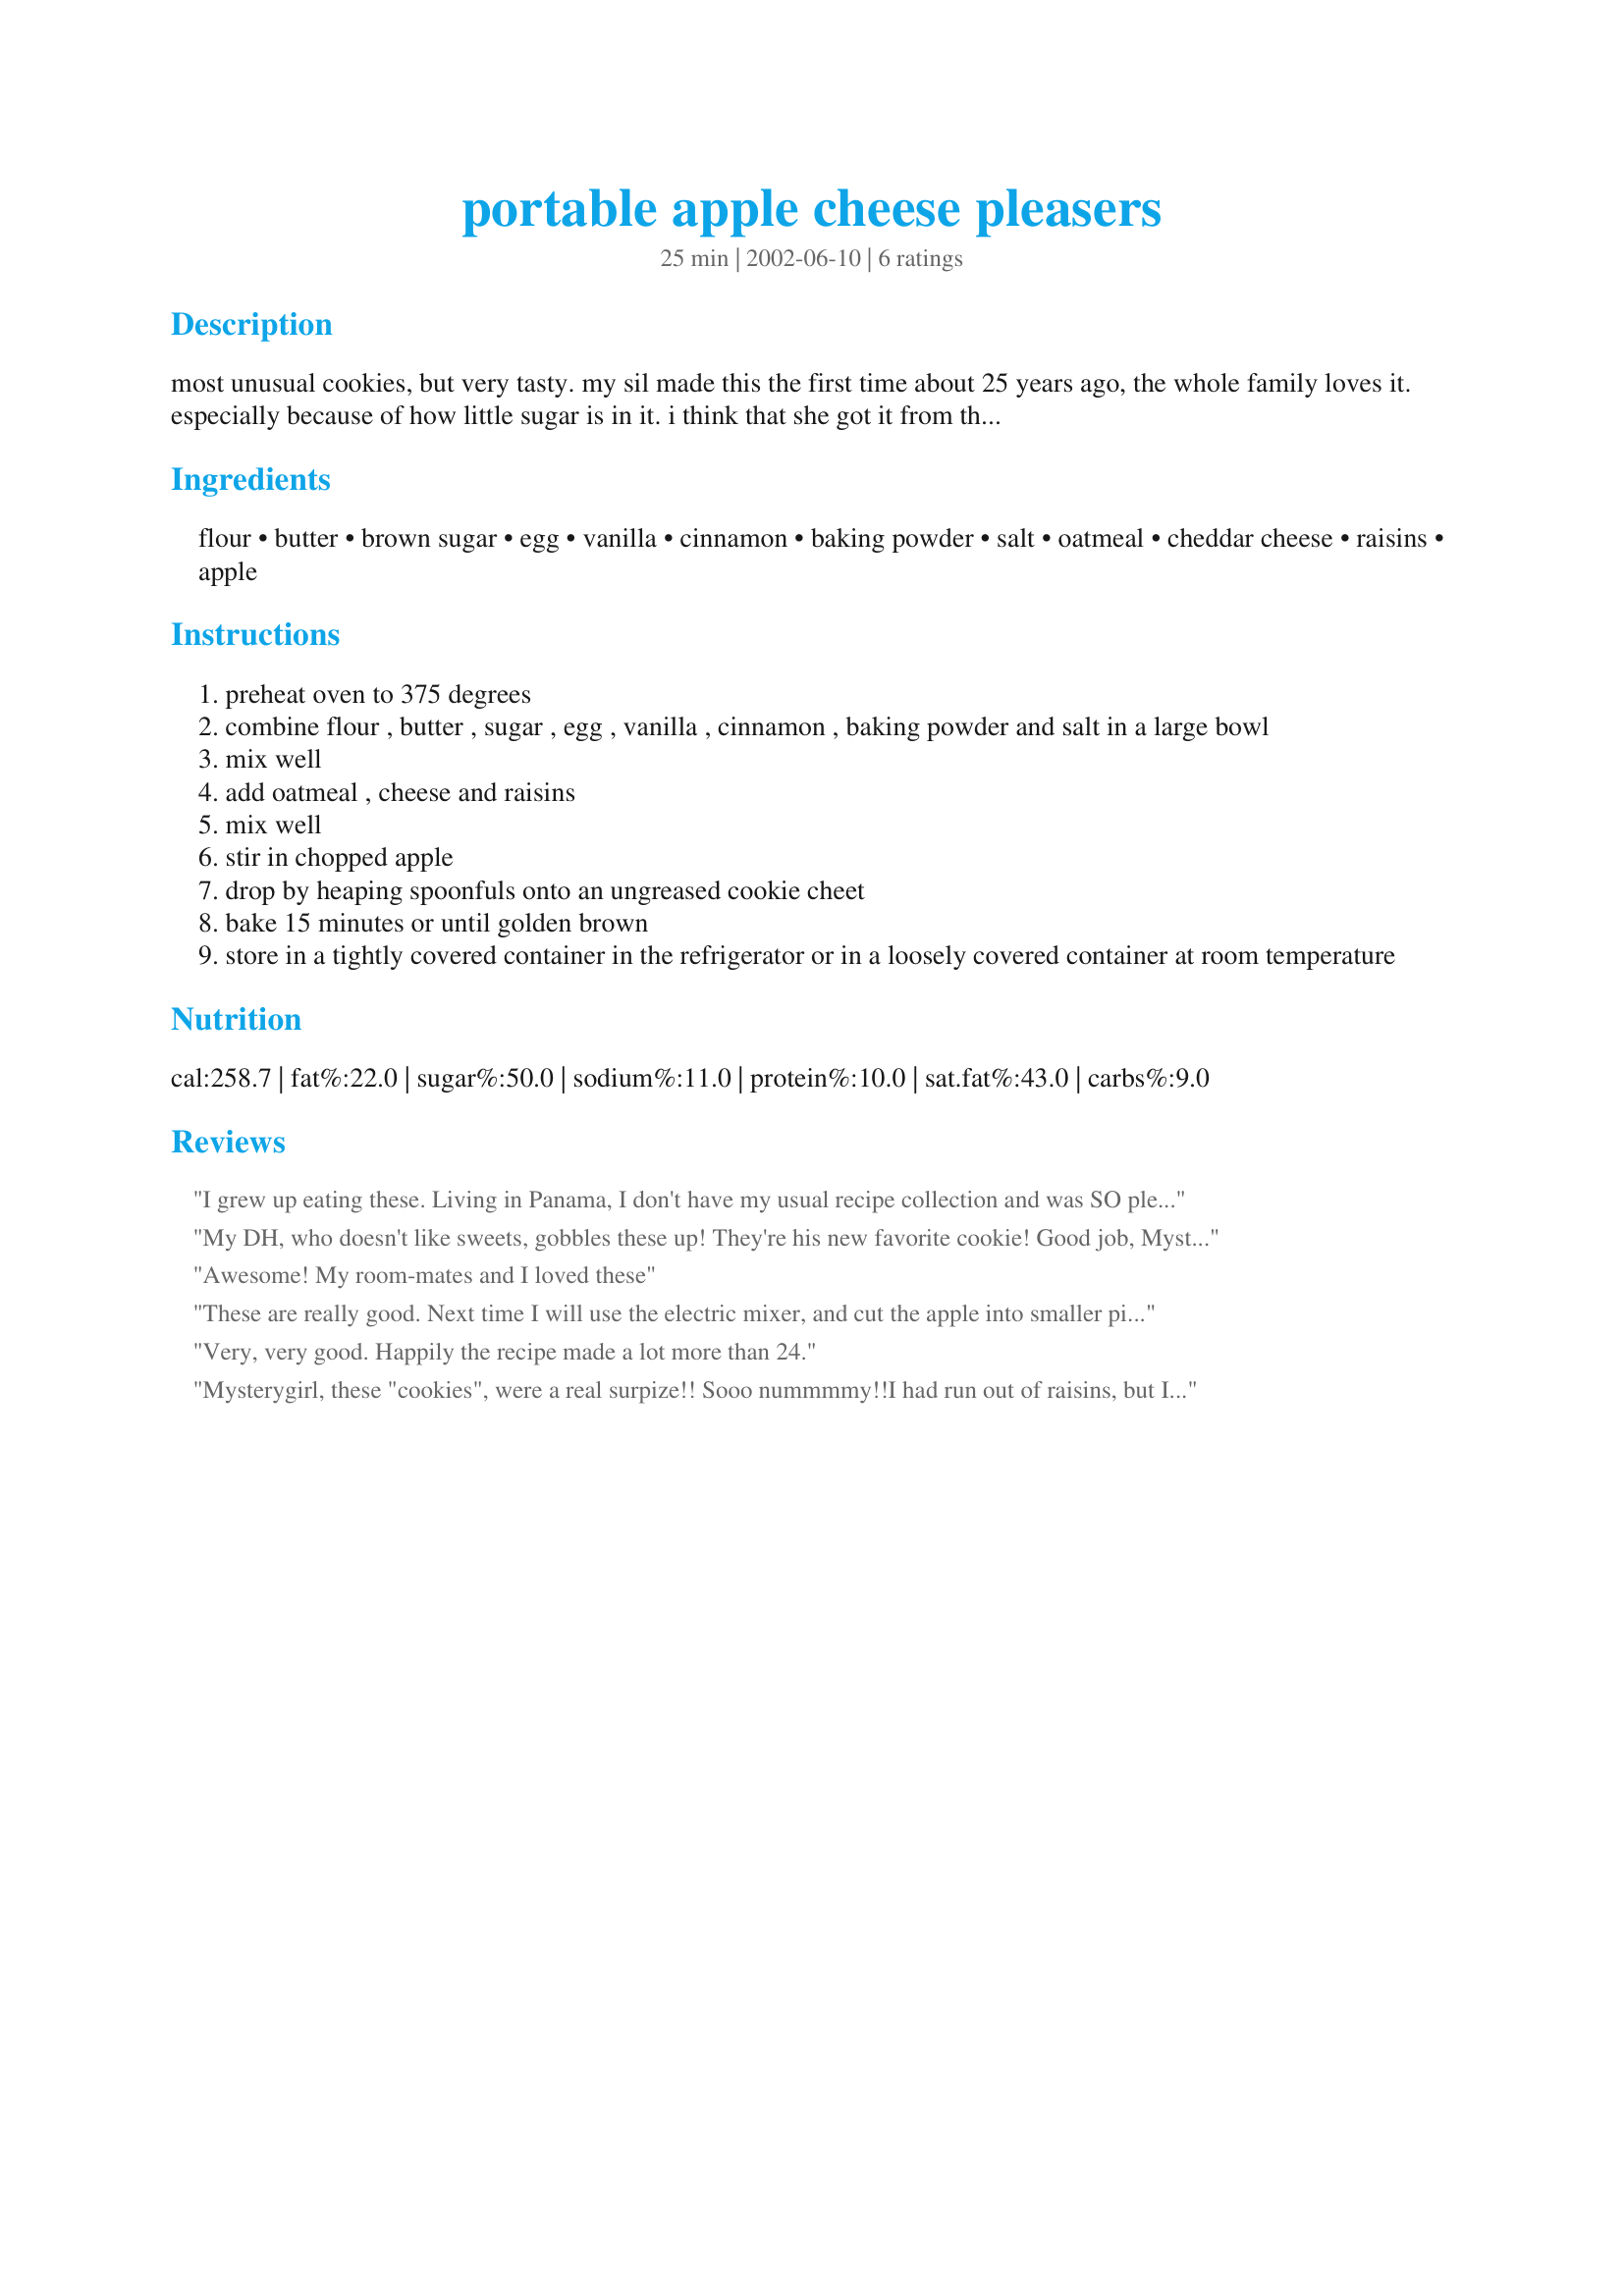
portable apple cheese pleasers
Preparation time: 25 minutes

most unusual cookies, but very tasty. my sil made this the first time about 25 years ago, the whole family loves it. especially because of how little sugar is in it. i think that she got it from the quaker oats company back then.

Ingredients:
flour, butter, brown sugar, egg, vanilla, cinnamon, baking powder, salt, oatmeal, cheddar cheese, raisins, apple

Steps:
preheat oven to 375 degrees
combine flour , butter , sugar , egg , vanilla , cinnamon , baking powder and salt in a large bowl
mix well
add oatmeal , cheese and raisins
mix well
stir in chopped apple
drop by heaping spoonfuls onto an ungreased cookie cheet
bake 15 minutes or until golden brown
store in a tightly covered container in the refrigerator or in a loosely covered container at room temperature

Reviews:
I grew up eating these. Living in Panama, I don't have my usual recipe collection and was SO pleased to find the recipe here. My family loves these and I can't wait to have these Pleasers! And no guilt in feeding them to my kids since they have oatmeal, apples, raisins, and cheese. . . these are healthy!
My DH, who doesn't like sweets, gobbles these up! They're his new favorite cookie! Good job, Mysterygirl! I leave out the raisins, because he doesn't like them, but they are still delicious!
Awesome! My room-mates and I loved these
These are really good. Next time I will use the electric mixer, and cut the apple into smaller pieces. A great use for oatmeal! The kids loved it, too.
Very, very good. Happily the recipe made a lot more than 24.
Mysterygirl, these "cookies", were a real surpize!! Sooo nummmmy!!I had run out of raisins, but I had some nice fresh dates; i chopped them to the size of raisins, they were great!! The combination of apple, sharp cheese and dates was wonderful, quite delicious!! DH says they won't last long, as a matter of fact, they have been out of the oven for about 20 minutes, barley cool and half are gone!! Pleasers they are and will please us again soon, thanks for sharing!!
